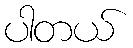
ပါတယ်